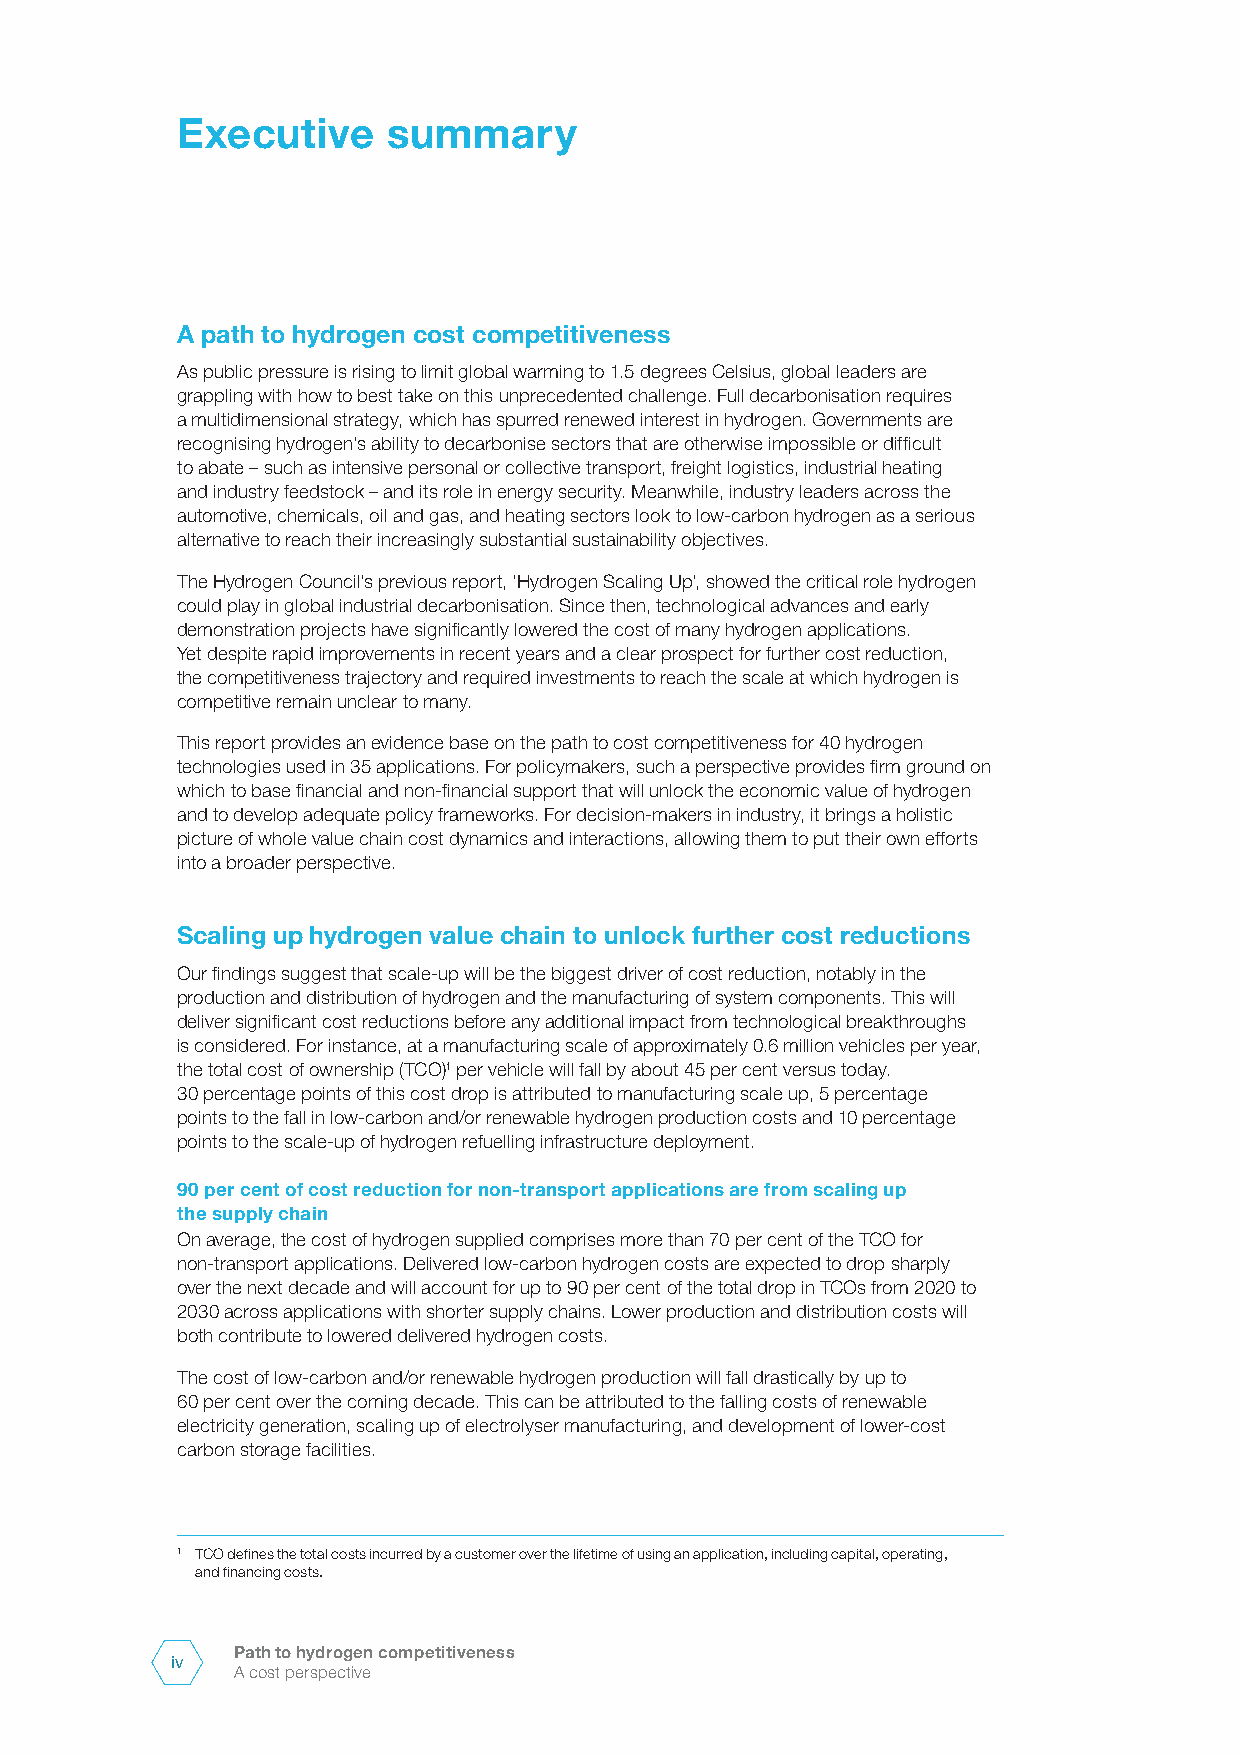
Executive     summary
 A path to hydrogen cost competitiveness
 As public pressure is rising to limit global warming to 1.5 degrees Celsius, global leaders are
 grappling with how to best take on this unprecedented challenge. Full decarbonisation requires
 a multidimensional strategy, which has spurred renewed interest in hydrogen. Governments are
 recognising hydrogen’s ability to decarbonise sectors that are otherwise impossible or difficult
 to abate – such as intensive personal or collective transport, freight logistics, industrial heating
 and industry feedstock – and its role in energy security. Meanwhile, industry leaders across the
 automotive, chemicals, oil and gas, and heating sectors look to low-carbon hydrogen as a serious
 alternative to reach their increasingly substantial sustainability objectives.
 The Hydrogen Council’s previous report, ‘Hydrogen Scaling Up’, showed the critical role hydrogen
 could play in global industrial decarbonisation. Since then, technological advances and early
 demonstration projects have significantly lowered the cost of many hydrogen applications.
 Yet despite rapid improvements in recent years and a clear prospect for further cost reduction,
 the competitiveness trajectory and required investments to reach the scale at which hydrogen is
 competitive remain unclear to many.
 This report provides an evidence base on the path to cost competitiveness for 40 hydrogen
 technologies used in 35 applications. For policymakers, such a perspective provides firm ground on
 which to base financial and non-financial support that will unlock the economic value of hydrogen
 and to develop adequate policy frameworks. For decision-makers in industry, it brings a holistic
 picture of whole value chain cost dynamics and interactions, allowing them to put their own efforts
 into a broader perspective.
 Scaling up hydrogen value chain to unlock further cost reductions
 Our findings suggest that scale-up will be the biggest driver of cost reduction, notably in the
 production and distribution of hydrogen and the manufacturing of system components. This will
 deliver significant cost reductions before any additional impact from technological breakthroughs
 is considered. For instance, at a manufacturing scale of approximately 0.6 million vehicles per year,
 the total cost of ownership (TCO)1 per vehicle will fall by about 45 per cent versus today.
 30 percentage points of this cost drop is attributed to manufacturing scale up, 5 percentage
 points to the fall in low-carbon and/or renewable hydrogen production costs and 10 percentage
 points to the scale-up of hydrogen refuelling infrastructure deployment.
 90 per cent of cost reduction for non-transport applications are from scaling up
 the supply chain
 On average, the cost of hydrogen supplied comprises more than 70 per cent of the TCO for
 non-transport applications. Delivered low-carbon hydrogen costs are expected to drop sharply
 over the next decade and will account for up to 90 per cent of the total drop in TCOs from 2020 to
 2030 across applications with shorter supply chains. Lower production and distribution costs will
 both contribute to lowered delivered hydrogen costs.
 The cost of low-carbon and/or renewable hydrogen production will fall drastically by up to
 60 per cent over the coming decade. This can be attributed to the falling costs of renewable
 electricity generation, scaling up of electrolyser manufacturing, and development of lower-cost
 carbon storage facilities.
 1 TCO defines the total costs incurred by a customer over the lifetime of using an application, including capital, operating,
 and financing costs.
 Path to hydrogen competitiveness
 iv
 A cost perspective